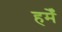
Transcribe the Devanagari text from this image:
हमेँ